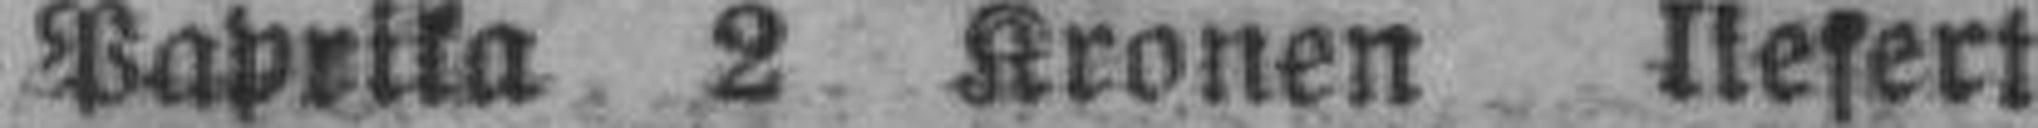
Paprika 2 Kronen liefert